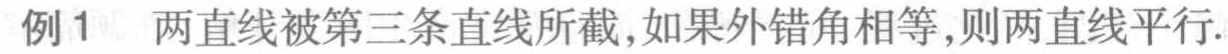
例1 两直线被第三条直线所截，如果外错角相等，则两直线平行.